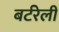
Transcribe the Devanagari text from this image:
बर्टरेली